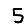
Digit: 5